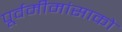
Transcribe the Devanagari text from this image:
पूर्वमीमांसाकाे